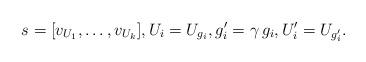
LaTeX: \begin{align*} s = [v_{U_1}, \ldots, v_{U_k}], U_i = U_{g_i}, g_i' = \gamma \, g_i, U_i' = U_{g_i'}. \end{align*}